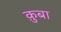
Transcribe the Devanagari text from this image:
क़ुबा